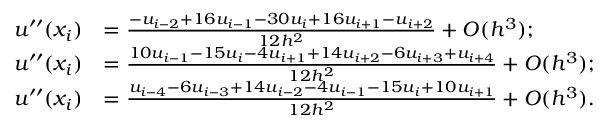
\begin{array} { r l } { u ^ { \prime \prime } ( x _ { i } ) } & { = \frac { - u _ { i - 2 } + 1 6 u _ { i - 1 } - 3 0 u _ { i } + 1 6 u _ { i + 1 } - u _ { i + 2 } } { 1 2 h ^ { 2 } } + O ( h ^ { 3 } ) ; } \\ { u ^ { \prime \prime } ( x _ { i } ) } & { = \frac { 1 0 u _ { i - 1 } - 1 5 u _ { i } - 4 u _ { i + 1 } + 1 4 u _ { i + 2 } - 6 u _ { i + 3 } + u _ { i + 4 } } { 1 2 h ^ { 2 } } + O ( h ^ { 3 } ) ; } \\ { u ^ { \prime \prime } ( x _ { i } ) } & { = \frac { u _ { i - 4 } - 6 u _ { i - 3 } + 1 4 u _ { i - 2 } - 4 u _ { i - 1 } - 1 5 u _ { i } + 1 0 u _ { i + 1 } } { 1 2 h ^ { 2 } } + O ( h ^ { 3 } ) . } \end{array}